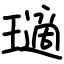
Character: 瓋